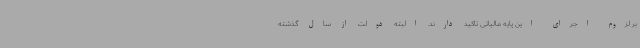
بر لزوم اجرای این پایه مالیاتی تاکید دارند. البته دولت از سال گذشته